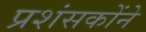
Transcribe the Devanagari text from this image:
प्रशंसकोंने